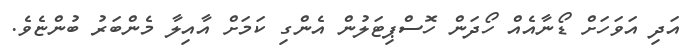
އަދި އަވަހަށް ޑޯނާއެއް ހޯދަން ހޮސްޕިޓަލުން އެންގި ކަމަށް އާއިލާ މެންބަރު ބުންޏެވެ.